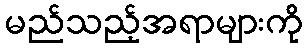
မည်သည့်အရာများကို